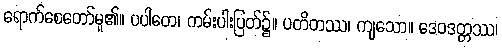
ရောက်စေတော်မူ၏။ ပပါတေ၊ ကမ်းပါးပြတ်၌။ ပတိတဿ၊ ကျသော။ ဒေဝဒတ္တဿ၊